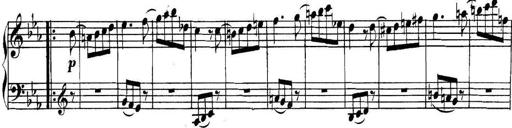
Title: Collected Piano Sonatas
Composer: Muzio Clementi